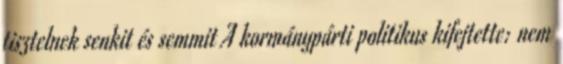
tisztelnek senkit és semmit A kormánypárti politikus kifejtette: nem